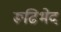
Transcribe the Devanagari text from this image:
रूढिभेद